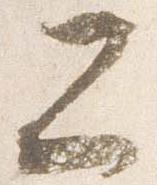
二